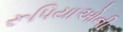
રૂપિયાઓની